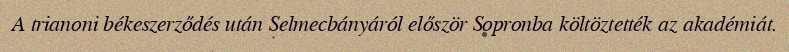
A trianoni békeszerződés után Selmecbányáról először Sopronba költöztették az akadémiát.